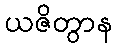
ယဇိတွာန